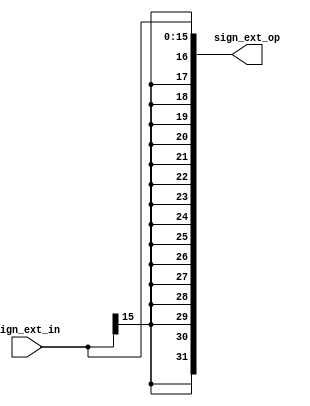
module SIGNED_EXT(
  input [15:0] sign_ext_in,
  output [31:0] sign_ext_op
  );
  
  assign sign_ext_op = {{16{sign_ext_in[15]}}, sign_ext_in};
  
endmodule